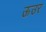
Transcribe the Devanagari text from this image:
ऊउर